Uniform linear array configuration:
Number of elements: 48
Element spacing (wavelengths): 0.75
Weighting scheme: blackman
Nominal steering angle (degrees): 60
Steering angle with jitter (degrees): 59.887
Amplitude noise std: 0.05
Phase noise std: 0.05

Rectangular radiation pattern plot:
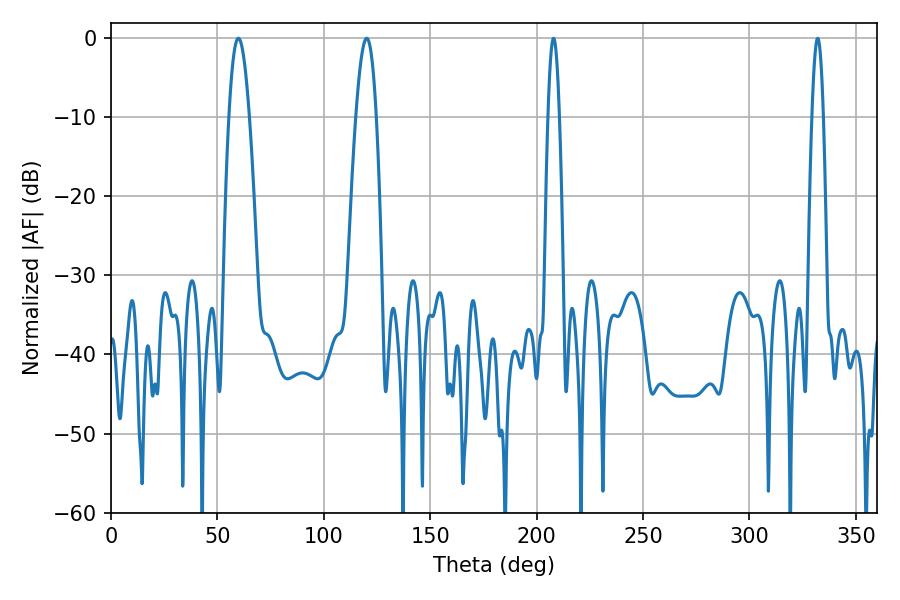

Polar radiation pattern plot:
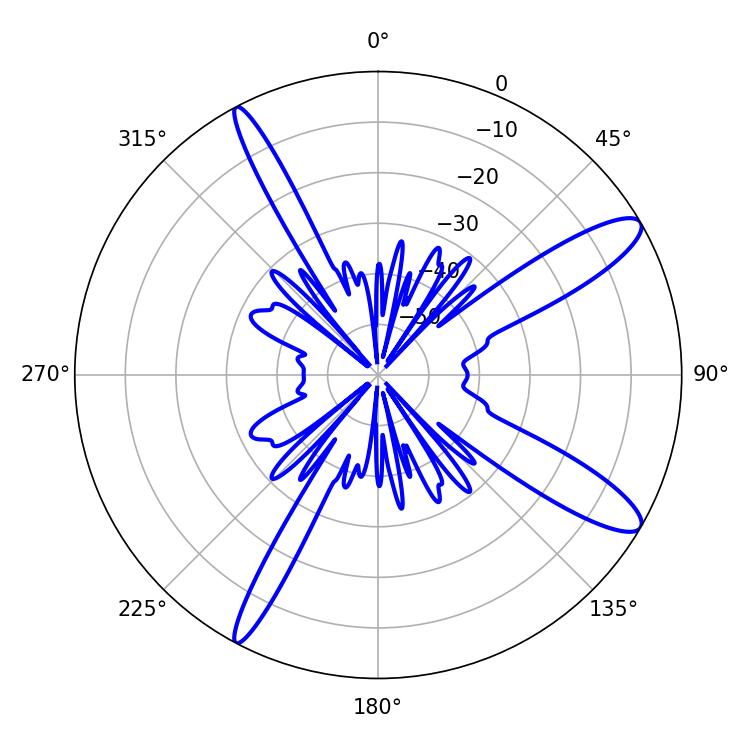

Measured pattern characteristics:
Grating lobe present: TRUE
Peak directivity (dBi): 12.233
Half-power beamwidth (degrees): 2.88
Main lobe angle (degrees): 207.9